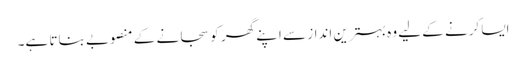
ایسا کرنے کے لیے وہ بہترین انداز سے اپنے گھر کو سجانے کے منصوبے بناتا ہے۔